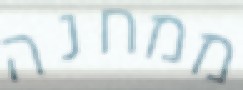
ממחנה